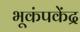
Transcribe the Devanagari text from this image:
भूकंपकेंद्र